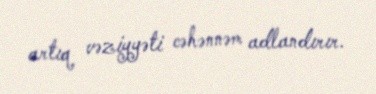
artıq vəziyyəti cəhənnəm adlandırır.